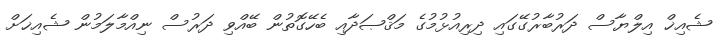
ޝެއިޚް އިލްޔާސް ދަރުބާރުގޭގައި ދިރިއުޅުމުގެ މަޤްޞަދާއި ބެހޭގޮތުން ބޭއްވި ދަރުސް ނިއްމާލަމުން ޝެއިޚަށް